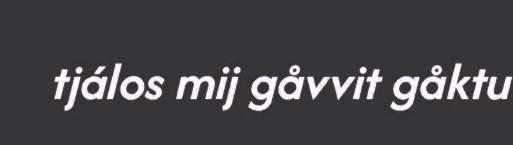
tjálos mij gåvvit gåktu